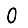
Digit: 0